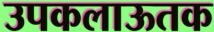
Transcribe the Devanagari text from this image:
उपकलाऊतक